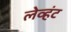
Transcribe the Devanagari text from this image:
लेव्हंट